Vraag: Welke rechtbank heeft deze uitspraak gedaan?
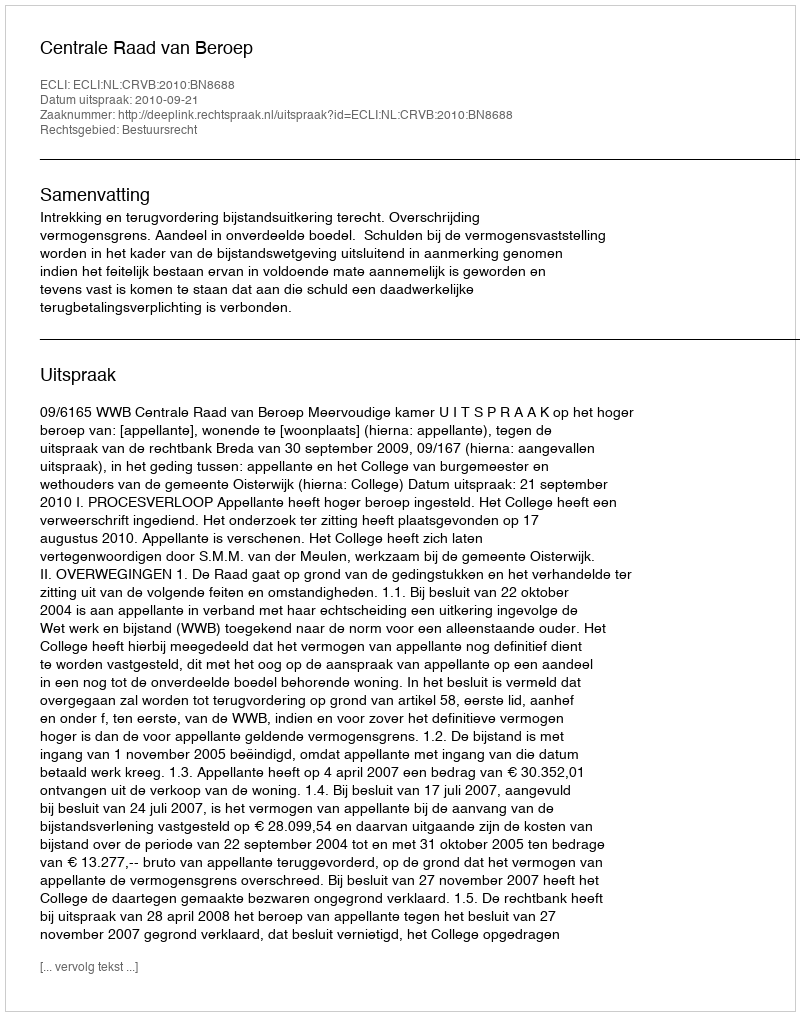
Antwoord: Centrale Raad van Beroep